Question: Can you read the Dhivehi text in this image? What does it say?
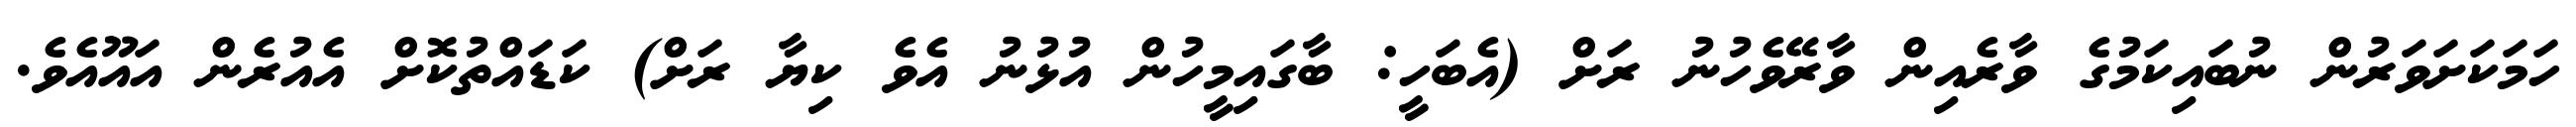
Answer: ހަމަކަށަވަރުން ނުބައިކަމުގެ ވާރެއިން ވާރޭވެހުނު ރަށް (އެބަހީ: ބާގައިމީހުން އުޅުނު އެވެ ކިޔާ ރަށް) ކަޑައްތުކޮށް އެއުރެން އައޫއެވެ.